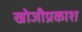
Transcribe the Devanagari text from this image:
खोजीप्रकाश